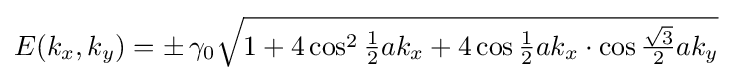
E(k_{x},k_{y})=\pm \,\gamma _{0}{\sqrt {1+4\cos ^{2}{{\tfrac {1}{2}}ak_{x}}+4\cos {{\tfrac {1}{2}}ak_{x}}\cdot \cos {{\tfrac {\sqrt {3}}{2}}ak_{y}}}}